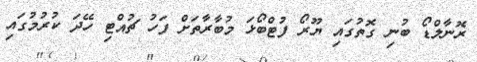
ރޮނާލްޑޯ ބުނި ގޮތުގައި ޔޫރޯ ފުޓްބޯޅަ މުބާރާތަށް ފަހު ޗުއްޓި ހޭދަ ކުރުމުގައި